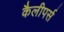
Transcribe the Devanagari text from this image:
कैलीपर्स